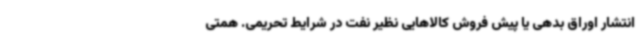
انتشار اوراق بدهی یا پیش فروش کالاهایی نظیر نفت در شرایط تحریمی. همتی